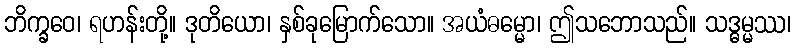
ဘိက္ခဝေ၊ ရဟန်းတို့။ ဒုတိယော၊ နှစ်ခုမြောက်သော။ အယံဓမ္မော၊ ဤသဘောသည်။ သဒ္ဓမ္မဿ၊